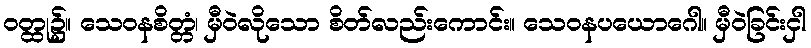
ဝတ္ထု၌။ သေဝနစိတ္တံ၊ မှီဝဲလိုသော စိတ်လည်းကောင်း။ သေဝနပယောဂေါ။ မှီဝဲခြင်းငှါ